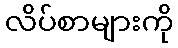
လိပ်စာများကို